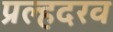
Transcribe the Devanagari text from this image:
प्रल्हदरव